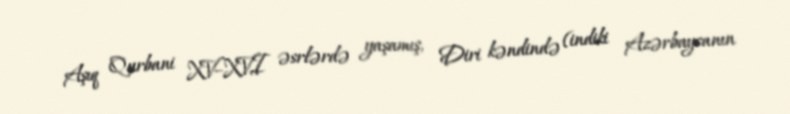
Aşıq Qurbani XV–XVI əsrlərdə yaşamış, Diri kəndində (indiki Azərbaycanın